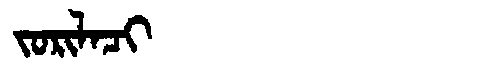
Manchu: ᠵᠣᡵᡳᠯᠠᠴᡳ
Romanization: JORILACI